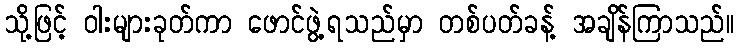
သို့ဖြင့် ဝါးများခုတ်ကာ ဖောင်ဖွဲ့ရသည်မှာ တစ်ပတ်ခန့် အချိန်ကြာသည်။